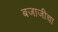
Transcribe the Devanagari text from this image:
बजाजीचा